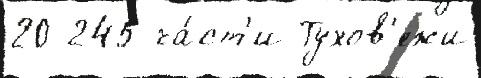
20 245 ча́ст'и Тухов'ежи